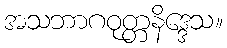
အသဘာဂဝုတ္တနိဒ္ဒေသ။